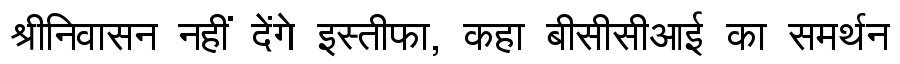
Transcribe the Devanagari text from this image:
श्रीनिवासन नहीं देंगे इस्तीफा, कहा बीसीसीआई का समर्थन